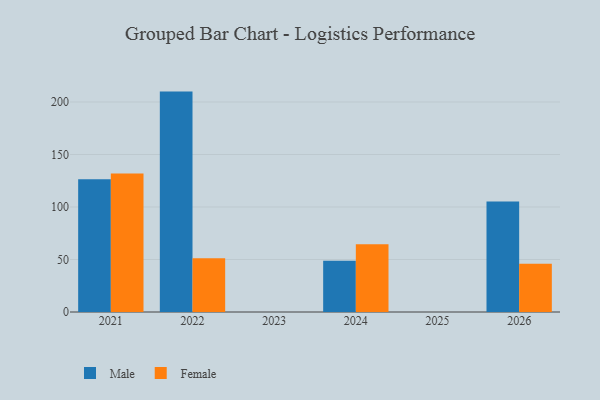
{"axis": {"x": "Year", "y": "LTV (USD)"}, "legend": ["Female", "Male"], "data": [{"x": "2024", "y": 48.9, "type": "Male"}, {"x": "2024", "y": 64.5, "type": "Female"}, {"x": "2026", "y": 105.3, "type": "Male"}, {"x": "2026", "y": 45.9, "type": "Female"}, {"x": "2022", "y": 209.9, "type": "Male"}, {"x": "2022", "y": 51.2, "type": "Female"}, {"x": "2021", "y": 126.5, "type": "Male"}, {"x": "2021", "y": 132.0, "type": "Female"}]}